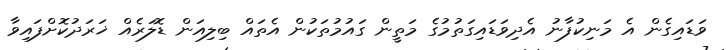
ވަޑައިގެން އެ މަނިކުފާނު އެދިވަޑައިގަތުމުގެ މަތީން ގައުމުތަކުން އެތައް ބިލިއަން ޑޮލަރެއް ޚަރަދުކޮށްފައިވާ